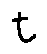
t